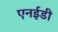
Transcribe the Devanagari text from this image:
एनईडी